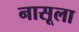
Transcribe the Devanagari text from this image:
नासूला